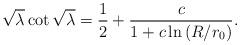
LaTeX: \begin{align*}\sqrt{\lambda}\cot\sqrt{\lambda}=\frac{1}{2}+\frac{c}{1+c\ln\left(R/r_{0}\right) }.\end{align*}